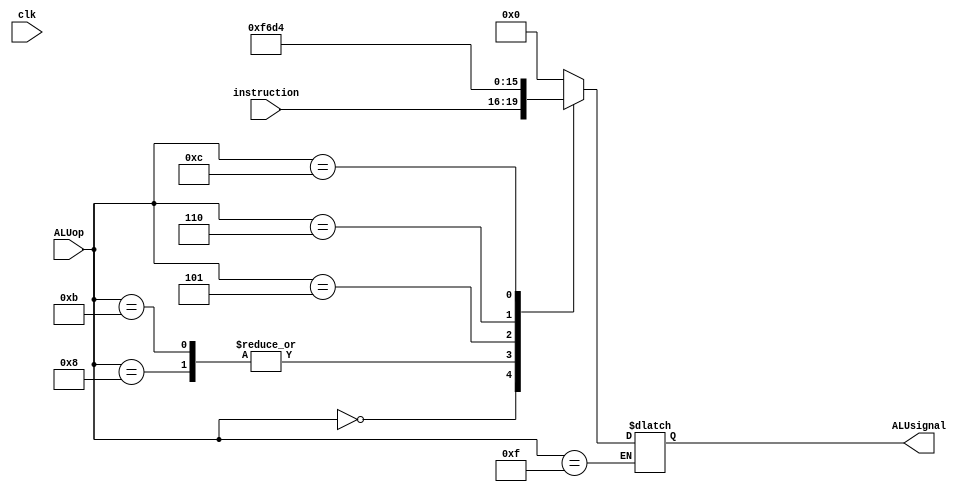
`timescale 1ns / 1ps
//////////////////////////////////////////////////////////////////////////////////
// Company: 
// Engineer: 
// 
// Design Name: 
// Module Name: ALUControl
// Project Name: 
// Target Devices: 
// Tool Versions: 
// Description: 
// 
// Dependencies: 
// 
// Revision:
// Revision 0.01 - File Created
// Additional Comments:
// 
//////////////////////////////////////////////////////////////////////////////////


module ALUControl(clk, instruction, ALUop, ALUsignal);
input [3:0] instruction, ALUop;
input clk;
output [3:0] ALUsignal;

reg [3:0] ALUsignalTemp;
assign ALUsignal = ALUsignalTemp;
always@(ALUop or instruction)
begin
    case(ALUop)
      4'b0000:
                  begin
                    ALUsignalTemp = instruction;                              
                  end
          4'b1000:
                  begin
                     ALUsignalTemp = 4'b1111;
                  end
          4'b1011:
                  begin
                    ALUsignalTemp = 4'b1111;
                  end
          4'b0100:
                  begin
                  ALUsignalTemp = 4'b0000;
                  end
          4'b0101:
                  begin
                  ALUsignalTemp = 4'b0110;
                  end
          4'b0110:
                  begin
                     ALUsignalTemp = 4'b1101;
                  end
          4'b1100:
                  begin
                  ALUsignalTemp = 4'b0100;
                  end
          4'b1111:
                  begin
                  end
          default:ALUsignalTemp = 4'b0000;
            
      endcase;
    
end
endmodule